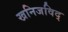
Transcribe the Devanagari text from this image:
खनिजविद्